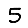
Digit: 5